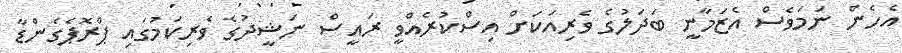
އެހެން ނަމަވެސް އެޒަމާނީ ބަދަލުގެ ވެރިއަކަށް އިސްކުރެއްވީ ރައީސް ނަޝީދުގެ ވެރިކަމުގައި ޕްރޮޕެގެންޑާ